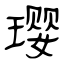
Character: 璎